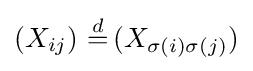
(X_{ij})\ {\overset {d}{=}}\,(X_{\sigma (i)\sigma (j)})